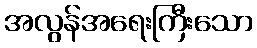
အလွန်အရေးကြီးသော